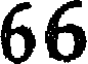
66